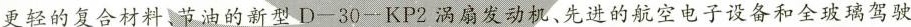
更轻的复合材料、节油的新型D-30-KP2涡扇发动机、先进的航空电子设备和全玻璃驾驶